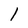
Character: 1